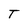
Character: T